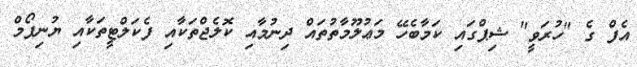
އެފް ގެ "ހުރަވީ" ޝިޕްގައި ކަމާބެހޭ މަޢުލޫމާތުތައް ދިނުމާއި ކޮލެޖްތަކާއި ފެކަލްޓީތަކާއި ޔުނިފޯމް